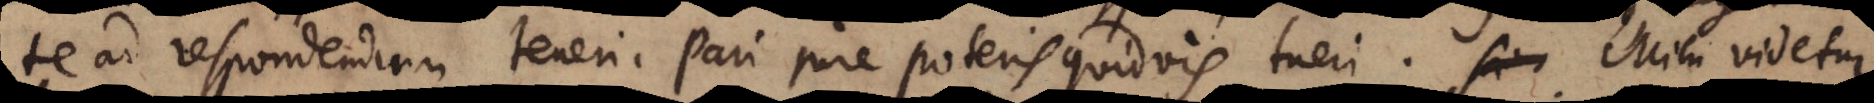
te ad respondendum teneri. Pari jure poteris quidvis tueri. Mihi